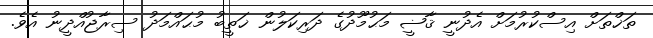
ތަޚްތަށް އިސްކުރުމަށް އެދުނީ ޤާޟީ މަޙުމޫދުގެ ދަރިކަލުން ޚަތީބު މުޙައްމަދު ސިރާޖުއްދީނު އެވެ.